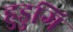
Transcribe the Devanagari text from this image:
हुडुगि